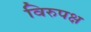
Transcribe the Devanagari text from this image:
विरुपक्ष